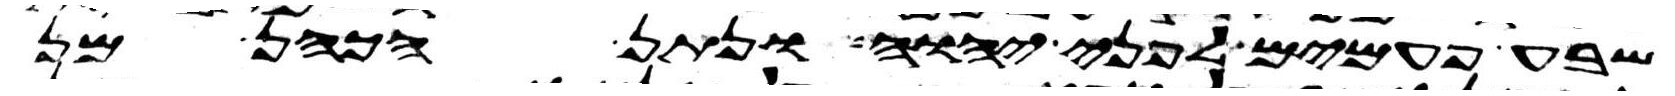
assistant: שבע פעמים לפני יהוה ונתן הכהן מן